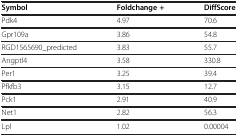
<table><thead><tr><td><b>Symbol</b></td><td><b>Foldchange +</b></td><td><b>DiffScore</b></td></tr></thead><tbody><tr><td>Pdk4</td><td>4.97</td><td>70.6</td></tr><tr><td>Gpr109a</td><td>3.86</td><td>54.8</td></tr><tr><td>RGD1565690_predicted</td><td>3.83</td><td>55.7</td></tr><tr><td>Angptl4</td><td>3.58</td><td>330.8</td></tr><tr><td>Per1</td><td>3.25</td><td>39.4</td></tr><tr><td>Pfkfb3</td><td>3.15</td><td>12.7</td></tr><tr><td>Pck1</td><td>2.91</td><td>40.9</td></tr><tr><td>Net1</td><td>2.82</td><td>56.3</td></tr><tr><td>Lpl</td><td>1.02</td><td>0.00004</td></tr></tbody></table>